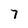
Character: 7